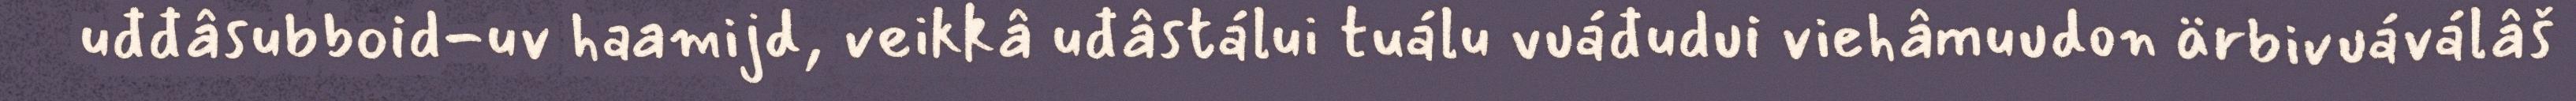
uđđâsubboid-uv haamijd, veikkâ uđâstálui tuálu vuáđudui viehâmuudon ärbivuáválâš